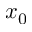
x _ { 0 }